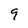
Character: 9